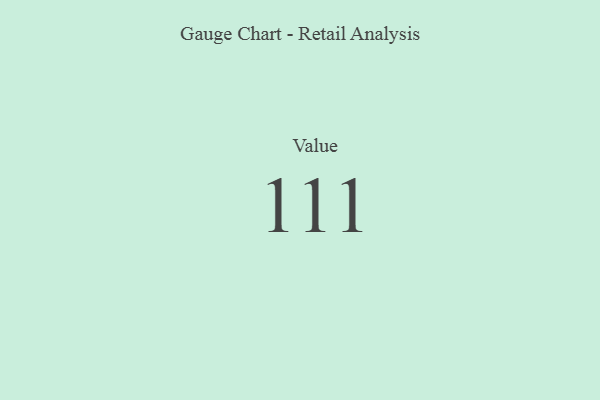
{"axis": {"x": "Metric", "y": "Value"}, "legend": [""], "data": [{"x": "Value", "y": 111, "type": ""}]}